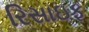
રિસાઇફ